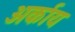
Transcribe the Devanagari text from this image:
अर्काय